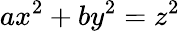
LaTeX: ax^{2}+by^{2}=z^{2}